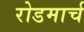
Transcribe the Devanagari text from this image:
रोडमार्च